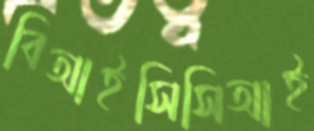
বিআইসিসিআই